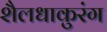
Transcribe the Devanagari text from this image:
शैलधाकुरंग